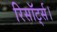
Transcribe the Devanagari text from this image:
रिसॉर्ट्स।